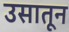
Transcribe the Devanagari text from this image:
उसातून